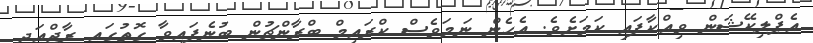
އެޕްލިކޭޝަން ވިއްކާފައި ކަމަށެވެ. އެހެން ނަމަވެސް ކްރައިމް ބްރާންޗުން ބުނެފައިވާ ގޮތުގައި ރާޖްއަދި